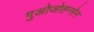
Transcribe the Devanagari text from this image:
गुओजोह्न्सेन